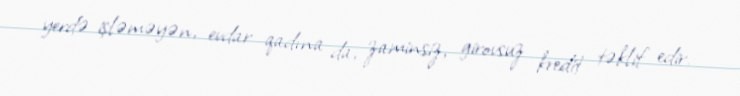
yerdə işləməyən, evdar qadına da, zaminsiz, girovsuz kredit təklif edir.